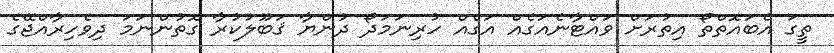
ތީގަ އެބައޮތްތޯ އިތުރަށް ވައްޓާނެއަގެއް އަގެއް ހުރިނަމަދޯ ދުންޔާ ޤަބޫލުކުރާ ގޮތުންނަމަ ދިވެހިރާއްޖޭގެ